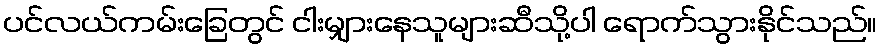
ပင်လယ်ကမ်းခြေတွင် ငါးမျှားနေသူများဆီသို့ပါ ရောက်သွားနိုင်သည်။